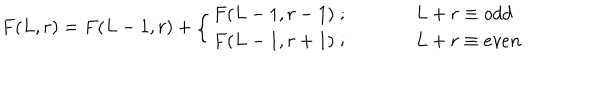
LaTeX: F ( L , r ) = F ( L - 1 , r ) + \left\{ \begin{array} { c l } { { F ( L - 1 , r - 1 ) \; ; } } & { { \; L + r \equiv o d d } } \\ { { F ( L - 1 , r + 1 ) \; ; } } & { { \; L + r \equiv e v e n } } \\ \end{array} \right.